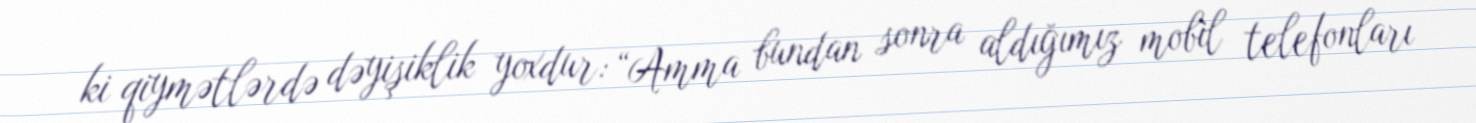
ki qiymətlərdə dəyişiklik yoxdur: “Amma bundan sonra aldığımız mobil telefonları